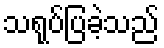
သရုပ်ပြခဲ့သည်